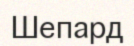
Шепард